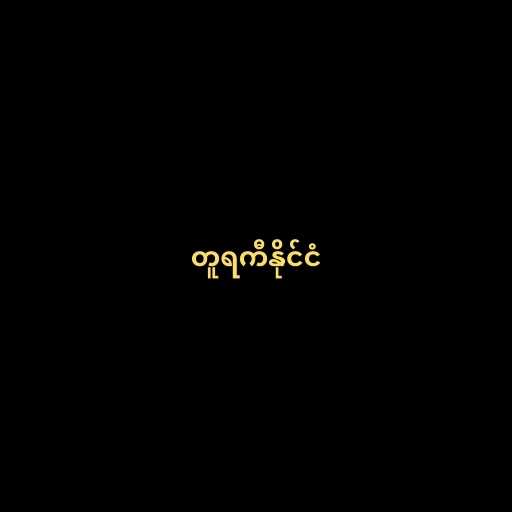
တူရကီနိုင်ငံ